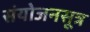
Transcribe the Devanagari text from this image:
संयोजनसूत्र